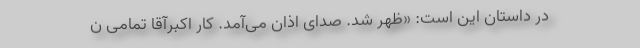
در داستان این است: «ظهر شد. صداى اذان می‌آمد. کار اکبرآقا تمامى ن